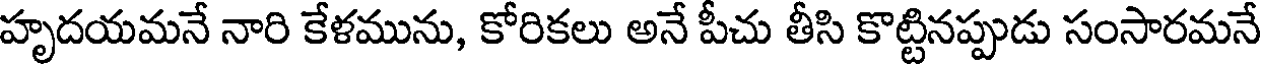
హృదయమనే నారి కేళమును, కోరికలు అనే పీచు తీసి కొట్టినప్పుడు సంసారమనే